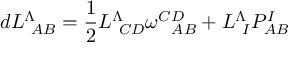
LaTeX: d L _ { \ A B } ^ { \Lambda } = { \frac { 1 } { 2 } } L _ { \ C D } ^ { \Lambda } \omega _ { \ \ A B } ^ { C D } + L _ { \ I } ^ { \Lambda } P _ { A B } ^ { I }